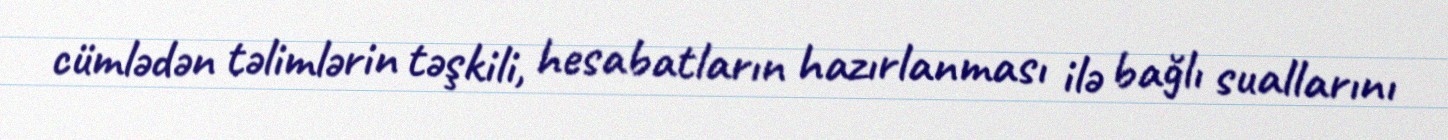
cümlədən təlimlərin təşkili, hesabatların hazırlanması ilə bağlı suallarını